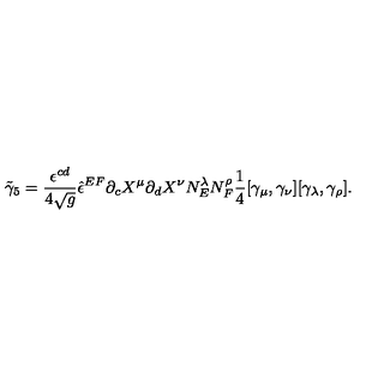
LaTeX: { \tilde { \gamma } _ { 5 } } = { \frac { \epsilon ^ { c d } } { 4 \sqrt { g } } } { \hat { \epsilon } ^ { E F } } \partial _ { c } X ^ { \mu } \partial _ { d } X ^ { \nu } N _ { E } ^ { \lambda } N _ { F } ^ { \rho } \frac 1 4 [ \gamma _ { \mu } , \gamma _ { \nu } ] [ \gamma _ { \lambda } , \gamma _ { \rho } ] .